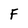
Character: F